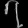
Digit: ၇